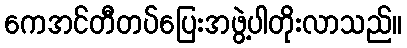
ကေအင်တီတပ်ပြေးအဖွဲ့ပါတိုးလာသည်။